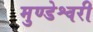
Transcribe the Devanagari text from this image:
मुण्डेश्वरी